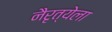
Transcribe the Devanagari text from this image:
नैरृत्येला